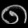
Digit: ၈